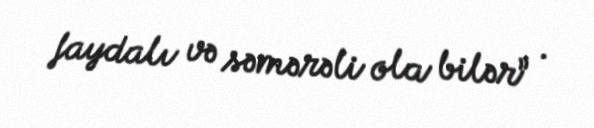
faydalı və səmərəli ola bilər” .